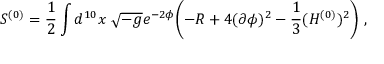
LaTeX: S ^ { ( 0 ) } = \frac { 1 } { 2 } \int d ^ { 1 0 } x \ \sqrt { - g } e ^ { - 2 \phi } \biggl ( - R + 4 ( \partial \phi ) ^ { 2 } - { \frac { 1 } { 3 } } ( H ^ { ( 0 ) } ) ^ { 2 } \biggr ) \ ,